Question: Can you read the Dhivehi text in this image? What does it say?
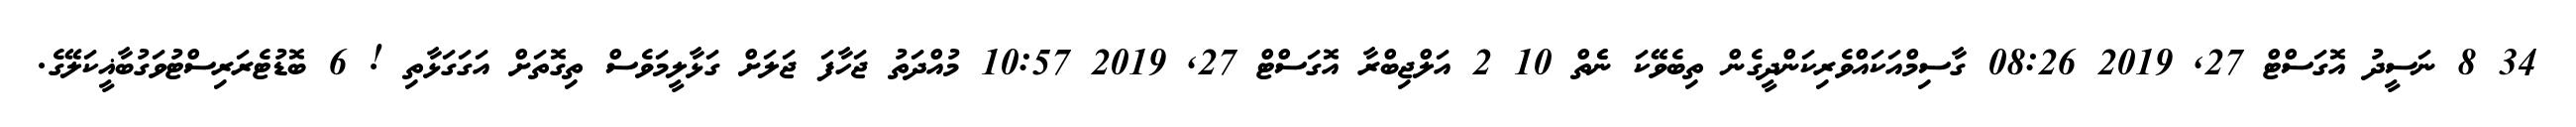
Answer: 34 8 ނަސީދު އޮގަސްޓް 27, 2019 08:26 ގާސިމްއަކައްވެރިކަންދީގެން ތިބެވޭކަ ނެެތް 10 2 އަލްޖިބްރާ އޮގަސްޓް 27, 2019 10:57 މުއްދަތު ޖަހާފަ ޖަލަށް ގަޅާލީމަވެސް ތިގޮތަށް އަގަގަޅާތި ! 6 ބޮޑުޓެރަރިސްޓުވަގުބާޣީކަލޭގެ.